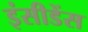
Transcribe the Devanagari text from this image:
इंसीडेंस